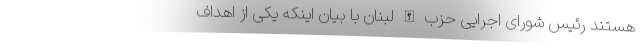
هستند رئیس شورای اجرایی حزب الله لبنان با بیان اینکه یکی از اهداف